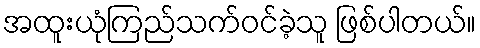
အထူးယုံကြည်သက်ဝင်ခဲ့သူ ဖြစ်ပါတယ်။